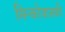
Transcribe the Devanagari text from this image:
मिन्कोवासकी